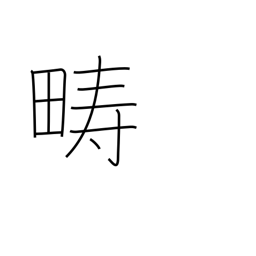
Meaning: arable land